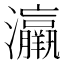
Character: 𤅀